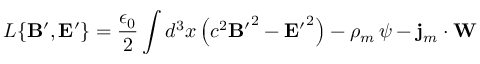
L \{ { { \bf B } ^ { \prime } } , { { \bf E } ^ { \prime } } \} = \frac { \epsilon _ { 0 } } { 2 } \int d ^ { 3 } x \left( c ^ { 2 } { { \bf B } ^ { \prime } } ^ { 2 } - { { \bf E } ^ { \prime } } ^ { 2 } \right) - \rho _ { m } \, \psi - { \bf j } _ { m } \cdot { \bf W }